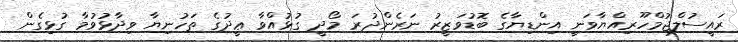
ރައީސުލްޖުމްހޫރިއްޔާވަނީ އިންޑިޔާގެ ބޮޑުވަޒީރު ނަރެންދުރަ މޯދީ ގުޅުއްވާ ޢީދުގެ ތަހުނިޔާ ވިދާޅުވުމާ ގުޅިގެން